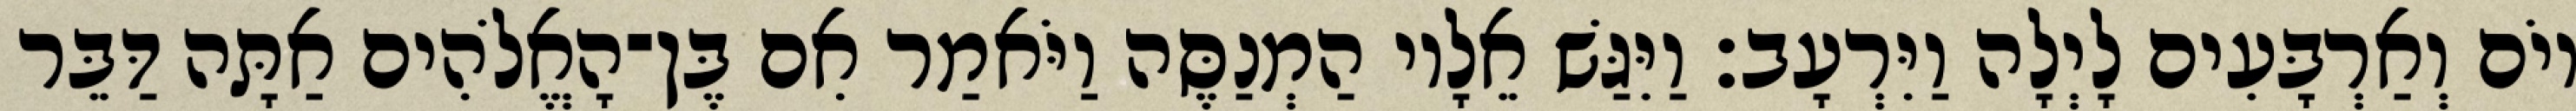
יוֹם וְאַרְבָּעִים לָיְלָה וַיִּרְעָב׃ וַיִּגַּשׁ אֵלָיו הַמְנַסֶּה וַיֹּאמַר אִם בֶּן־הָאֱלֹהִים אַתָּה דַּבֵּר